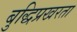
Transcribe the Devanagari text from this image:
बुद्धिप्रखरता